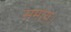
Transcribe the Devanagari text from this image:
समाय।